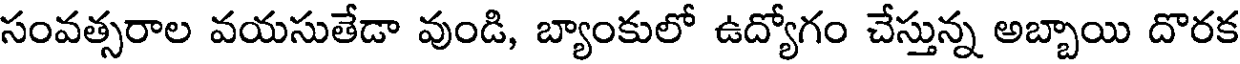
సంవత్సరాల వయసుతేడా వుండి, బ్యాంకులో ఉద్యోగం చేస్తున్న అబ్బాయి దొరక